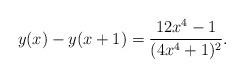
LaTeX: \begin{align*}y(x)-y(x+1)=\frac{12 x^4-1}{(4 x^4+1 )^2}.\end{align*}